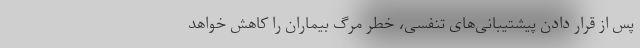
پس از قرار دادن پیشتیبانی‌های تنفسی، خطر مرگ بیماران را کاهش خواهد